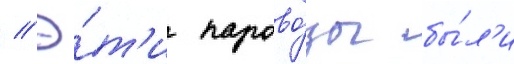
// Э́т'и парово́зы бы́л'и